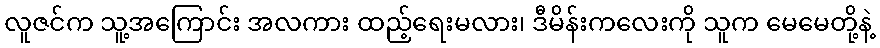
လူဇင်က သူ့အကြောင်း အလကား ထည့်ရေးမလား၊ ဒီမိန်းကလေးကို သူက မေမေတို့နဲ့